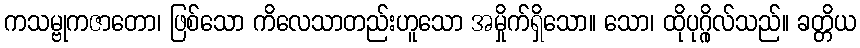
ကသမ္ဗုကဇာတော၊ ဖြစ်သော ကိလေသာတည်းဟူသော အမှိုက်ရှိသော။ သော၊ ထိုပုဂ္ဂိုလ်သည်။ ခတ္တိယ